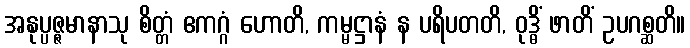
အနုပ္ပဇ္ဇမာနာသု စိတ္တံ ဧကဂ္ဂံ ဟောတိ, ကမ္မဋ္ဌာနံ န ပရိပတတိ, ဝုဒ္ဓိံ ဖာတိံ ဥပဂစ္ဆတိ။